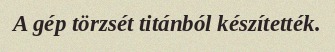
A gép törzsét titánból készítették.